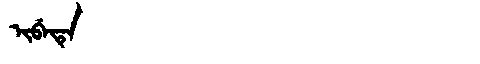
Manchu: ᡳᠪᡝᡨᡝ
Romanization: IBETE